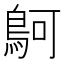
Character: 鴚